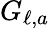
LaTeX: G_{\ell,a}